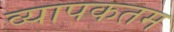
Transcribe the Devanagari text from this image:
व्यापकतम